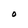
Character: O